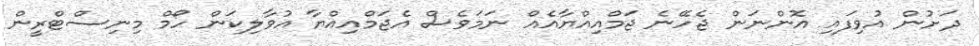
ދަށުން އުވިފައި އޮންނަން ޖެހޭނެ ޖަމްއިއްޔާއެއް ނަމަވެސް އެޖަމްއިއްޔާ އުވާލިކަން ހޯމް މިނިސްޓްރީން